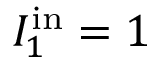
I _ { 1 } ^ { \mathrm { i n } } = 1